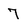
Character: 7